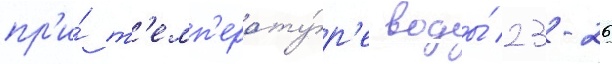
пр'и́ т'емп'ерату́р'е воды́ 23-26